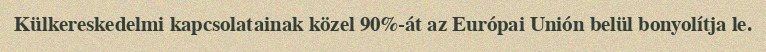
Külkereskedelmi kapcsolatainak közel 90%-át az Európai Unión belül bonyolítja le.